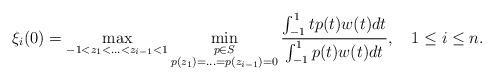
LaTeX: \begin{align*}\xi_i(0)=\max_{-1<z_1<\ldots<z_{i-1}<1}\min_{\substack{p\in S\\p(z_1)=\ldots=p(z_{i-1})=0}}\frac{\int_{-1}^1tp(t)w(t)dt}{\int_{-1}^1p(t)w(t)dt},\quad1\le i\le n.\end{align*}